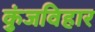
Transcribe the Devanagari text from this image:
कुंजविहार